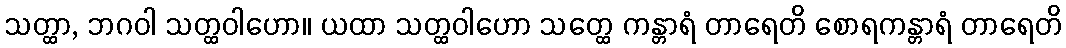
သတ္ထာ, ဘဂဝါ သတ္ထဝါဟော။ ယထာ သတ္ထဝါဟော သတ္ထေ ကန္တာရံ တာရေတိ စောရကန္တာရံ တာရေတိ